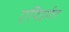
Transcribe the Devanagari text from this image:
एपिडर्मल